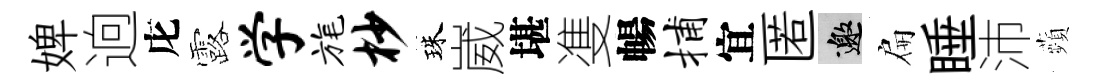
婢逈庀露学旄杪珠崴堪㕠暢捕宜匿邀扁睡沛蘋